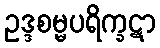
ဥဒ္ဒစမ္မပရိက္ခဋာ